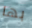
بها